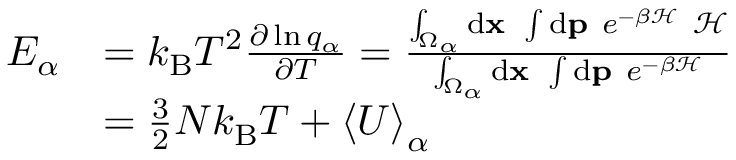
\begin{array} { r l } { E _ { \alpha } } & { = k _ { \mathrm { B } } T ^ { 2 } \frac { \partial \ln q _ { \alpha } } { \partial T } = \frac { \int _ { \Omega _ { \alpha } } \ensuremath { \mathrm { d } } \ensuremath { \mathbf { x } } \ \int \ensuremath { \mathrm { d } } \ensuremath { \mathbf { p } } \ e ^ { - \beta \mathcal { H } } \ \mathcal { H } } { \int _ { \Omega _ { \alpha } } \ensuremath { \mathrm { d } } \ensuremath { \mathbf { x } } \ \int \ensuremath { \mathrm { d } } \ensuremath { \mathbf { p } } \ e ^ { - \beta \mathcal { H } } } } \\ & { = \frac { 3 } { 2 } N k _ { \mathrm { B } } T + \left< U \right> _ { \alpha } } \end{array}